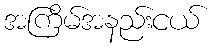
အကြိမ်အနည်းငယ်